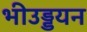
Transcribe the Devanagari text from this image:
भीउड्डयन